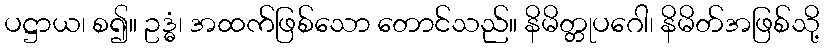
ပဋ္ဌာယ၊ စ၍။ ဥဒ္ဓံ၊ အထက်ဖြစ်သော တောင်သည်။ နိမိတ္တုပဂေါ၊ နိမိတ်အဖြစ်သို့